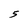
Character: 5